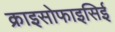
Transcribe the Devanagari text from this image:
क्राइसोफाइसिई